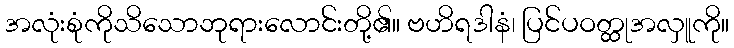
အလုံးစုံကိုသိသောဘုရားလောင်းတို့၏။ ဗဟိရဒါနံ၊ ပြင်ပဝတ္ထုအလှူကို။